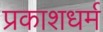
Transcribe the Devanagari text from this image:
प्रकाशधर्म